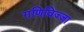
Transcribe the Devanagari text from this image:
गणिविज्जा